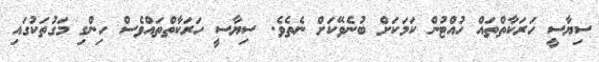
ސިޔާސީ ހަރަކާތްތައް ހުއްޓުން ކަމަކަށް ބުނެވޭކަށް ނެތެވެ. ސިޔާސީ ހަރަކާތްތައްވެސް ހިންގި މަގުތަކުގައި